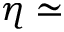
\eta \simeq